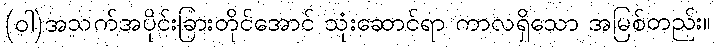
(ဝါ)အသက်အပိုင်းခြားတိုင်အောင် သုံးဆောင်ရာ ကာလရှိသော အမြစ်တည်း။